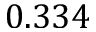
0 . 3 3 4